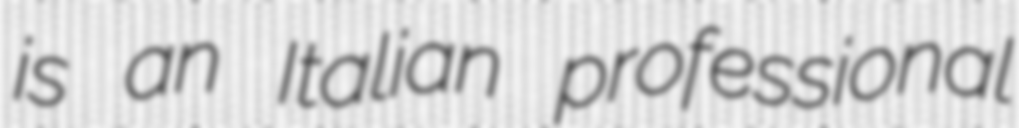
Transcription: is an Italian professional